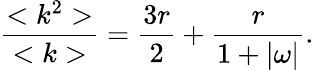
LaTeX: \frac{<k^{2}>}{<k>}=\frac{3r}{2}+\frac{r}{1+|\omega|}.